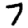
Digit: 7